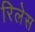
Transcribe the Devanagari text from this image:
रिलेस